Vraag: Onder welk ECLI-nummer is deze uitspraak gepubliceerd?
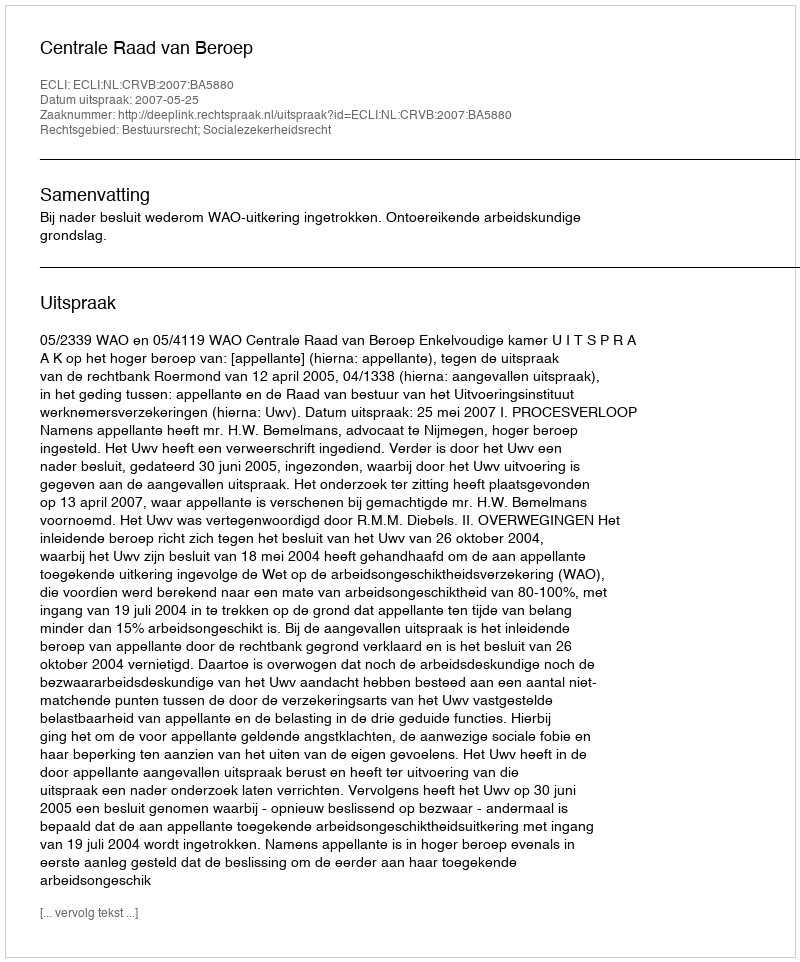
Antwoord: ECLI:NL:CRVB:2007:BA5880